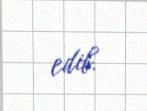
edib.